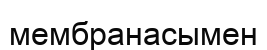
мембранасымен